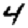
Digit: 4